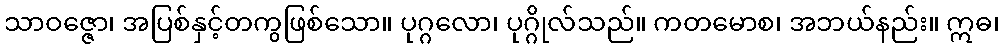
သာဝဇ္ဇော၊ အပြစ်နှင့်တကွဖြစ်သော။ ပုဂ္ဂလော၊ ပုဂ္ဂိုလ်သည်။ ကတမောစ၊ အဘယ်နည်း။ ဣဓ၊